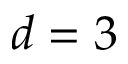
d = 3